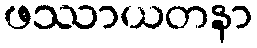
ဖဿာယတနာ